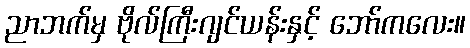
ညာဘက်မှ ဗိုလ်ကြီးဂျင်ယန်းနှင့် ဘော်ကလေး။